Plague in India, 1896, 1897 - Volume 2
Year: 1896
Disease focus: Plague
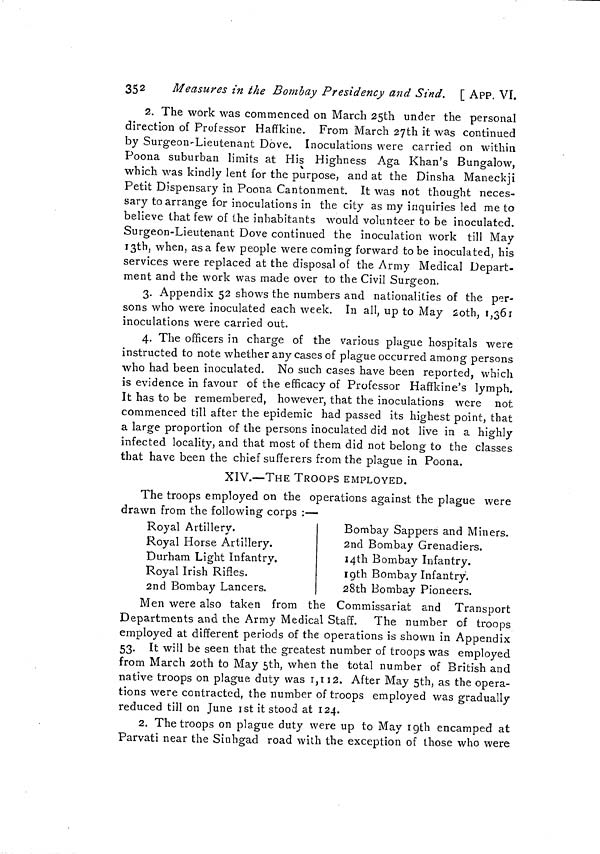
352
Measures in the Bombay Presidency and Sind. [ APP. VI.
2. The work was commenced on March 25th under the personal
direction of Professor Haffkine. From March 27th it was continued
by Surgeon-Lieutenant Dove. Inoculations were carried on within
Poona suburban limits at His Highness Aga Khan's Bungalow,
which was kindly lent for the purpose, and at the Dinsha Maneckji
Petit Dispensary in Poona Cantonment. It was not thought neces-
sary to arrange for inoculations in the city as my inquiries led me to
believe that few of the inhabitants would volunteer to be inoculated.
Surgeon-Lieutenant Dove continued the inoculation work till May
13th, when, as a few people were coming forward to be inoculated, his
services were replaced at the disposal of the Army Medical Depart-
ment and the work was made over to the Civil Surgeon.
3. Appendix 52 shows the numbers and nationalities of the per-
sons who were inoculated each week. In all, up to May 20th, 1,361
inoculations were carried out.
4. The officers in charge of the various plague hospitals were
instructed to note whether any cases of plague occurred among persons
who had been inoculated. No such cases have been reported, which
is evidence in favour of the efficacy of Professor Haffkine's lymph.
It has to be remembered, however, that the inoculations were not
commenced till after the epidemic had passed its highest point, that
a large proportion of the persons inoculated did not live in a highly
infected locality, and that most of them did not belong to the classes
that have been the chief sufferers from the plague in Poona.
XIV.—THE TROOPS EMPLOYED.
The troops employed on the operations against the plague were
drawn from the following corps :—
Royal Artillery.
Royal Horse Artillery.
Durham Light Infantry.
Royal Irish Rifles.
2nd Bombay Lancers.
Bombay Sappers and Miners.
2nd Bombay Grenadiers.
14th Bombay Infantry.
19th Bombay Infantry.
28th Bombay Pioneers.
Men were also taken from the Commissariat and Transport
Departments and the Army Medical Staff. The number of troops
employed at different periods of the operations is shown in Appendix
53. It will be seen that the greatest number of troops was employed
from March 2oth to May 5th, when the total number of British and
native troops on plague duty was 1,112. After May 5th, as the opera-
tions were contracted, the number of troops employed was gradually
reduced till on June ist it stood at 124.
2. The troops on plague duty were up to May 19th encamped at
Parvati near the Sinhgad road with the exception of those who were